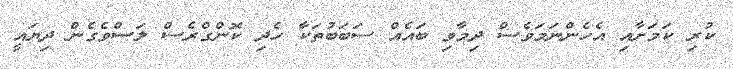
ކުރި ކަމަށާއި އެހެންނަމަވެސް ދިމާވި ބައެއް ސަބަބުތަކާ ހެދި ކޮންގްރެސް ލަސްވެގެން ދިޔައީ